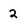
Character: 2